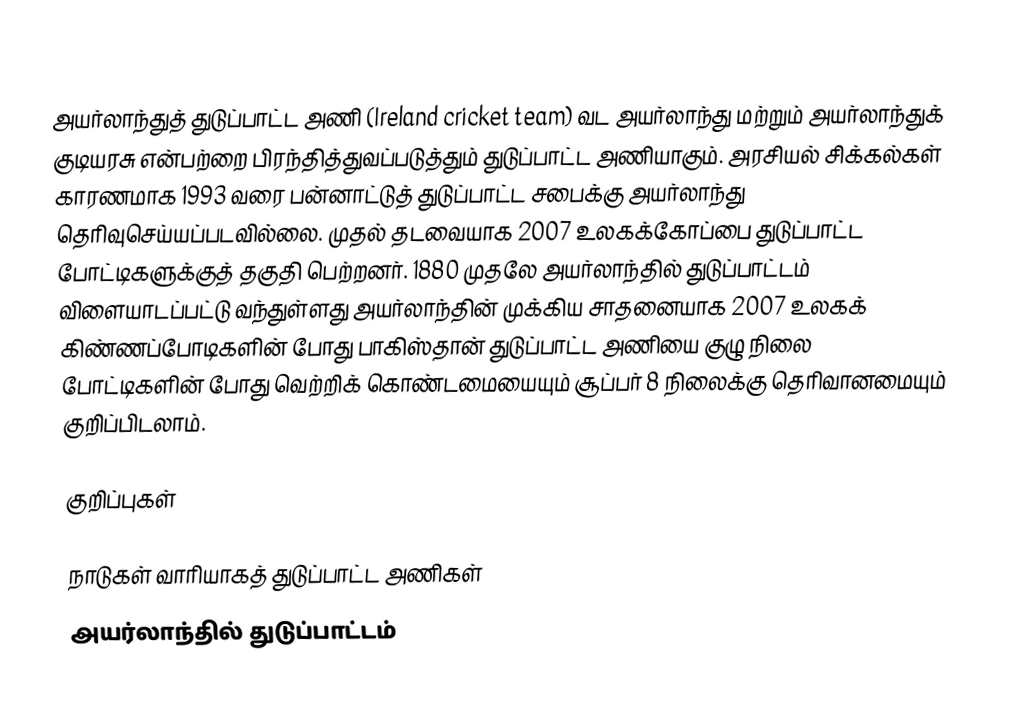
அயர்லாந்துத் துடுப்பாட்ட அணி (Ireland cricket team) வட அயர்லாந்து மற்றும் அயர்லாந்துக் குடியரசு என்பற்றை பிரந்தித்துவப்படுத்தும் துடுப்பாட்ட அணியாகும். அரசியல் சிக்கல்கள் காரணமாக 1993 வரை பன்னாட்டுத் துடுப்பாட்ட சபைக்கு அயர்லாந்து தெரிவுசெய்யப்படவில்லை. முதல் தடவையாக 2007 உலகக்கோப்பை துடுப்பாட்ட போட்டிகளுக்குத் தகுதி பெற்றனர். 1880 முதலே அயர்லாந்தில் துடுப்பாட்டம் விளையாடப்பட்டு வந்துள்ளது அயர்லாந்தின் முக்கிய சாதனையாக 2007 உலகக் கிண்ணப்போடிகளின் போது பாகிஸ்தான் துடுப்பாட்ட அணியை குழு நிலை போட்டிகளின் போது வெற்றிக் கொண்டமையையும் சூப்பர் 8 நிலைக்கு தெரிவானமையும் குறிப்பிடலாம்.

குறிப்புகள்

நாடுகள் வாரியாகத் துடுப்பாட்ட அணிகள்
அயர்லாந்தில் துடுப்பாட்டம்